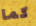
كما